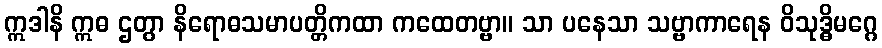
ဣဒါနိ ဣဓ ဌတွာ နိရောဓသမာပတ္တိကထာ ကထေတဗ္ဗာ။ သာ ပနေသာ သဗ္ဗာကာရေန ဝိသုဒ္ဓိမဂ္ဂေ